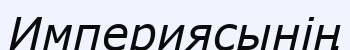
Империясынің